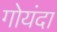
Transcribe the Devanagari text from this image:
गोयंदा